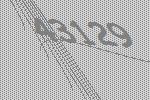
43129